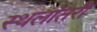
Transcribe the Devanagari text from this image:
स्थलांतरी